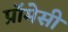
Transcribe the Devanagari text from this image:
प्रॉमेसी